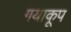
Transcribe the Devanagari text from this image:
गयाकूप